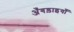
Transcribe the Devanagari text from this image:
अँगड़ाइयाँ